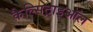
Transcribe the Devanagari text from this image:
कैल्सिट्राइऑल